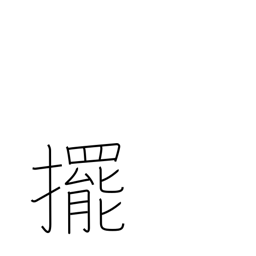
Meaning: push open